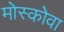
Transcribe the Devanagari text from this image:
मोस्कोवा